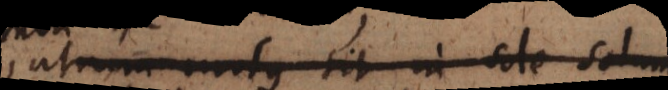
utrum motus sit in sole solum